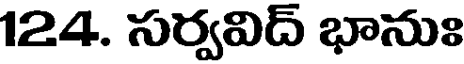
124. సర్వవిద్ భానుః